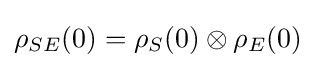
\rho _{SE}(0)=\rho _{S}(0)\otimes \rho _{E}(0)